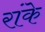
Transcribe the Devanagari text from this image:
रांके